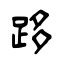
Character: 跢